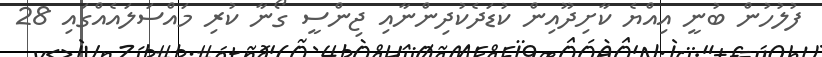
ފުލުހުން ބުނީ އިއްޔެ ކާށިދޫއިން ކުޑަދެކުދިންނާއި ޖިންސީ ގޯނާ ކުރި މައްސަލައެއްގައި 28